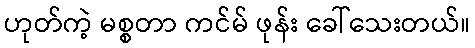
ဟုတ်ကဲ့ မစ္စတာ ကင်မ် ဖုန်း ခေါ်သေးတယ်။